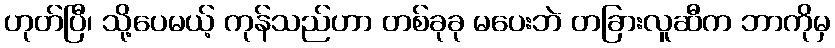
ဟုတ်ပြီ၊ သို့ပေမယ့် ကုန်သည်ဟာ တစ်ခုခု မပေးဘဲ တခြားလူဆီက ဘာကိုမှ